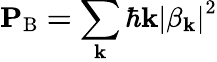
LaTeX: \mathbf{P_{\textrm{B}}=\sum_{k}\hbar k}\left|\beta_{\mathbf{k}}\right|^{2}